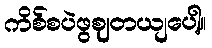
ကိစ်စပဲဖွဈတယျပေါ့။